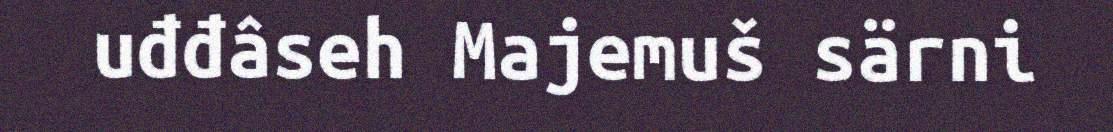
uđđâseh Majemuš särni